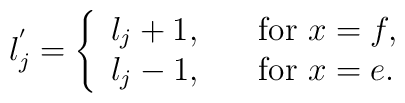
l_j^{'}=\left \{\begin{array}{ll}l_j+1, & \quad {\rm for} \ x=f, \\l_j-1, & \quad {\rm for} \ x=e.\end{array}\right.